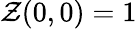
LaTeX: \mathcal{Z}(0,0)=1